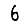
Digit: 6